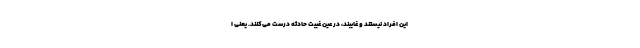
این افراد نیستند و غایبند، در عین غیبت حادثه درست می‌کنند. یعنی ا